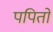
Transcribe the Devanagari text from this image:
पपितो